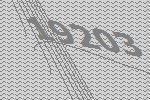
19203